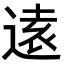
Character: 逺